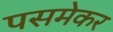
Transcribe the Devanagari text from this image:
पसमेकर